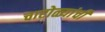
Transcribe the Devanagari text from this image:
चारोळ्यांची